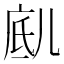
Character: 𱏥